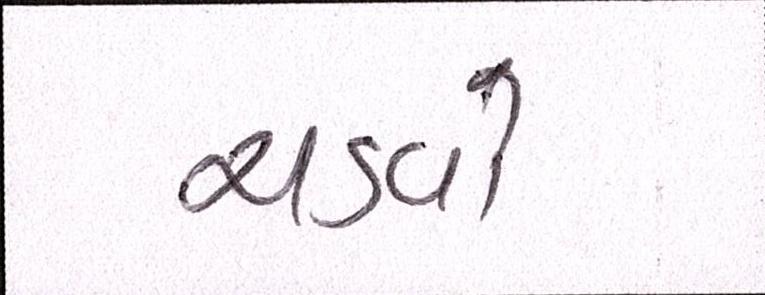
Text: ચડવો